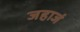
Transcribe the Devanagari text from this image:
जहाजं